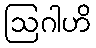
ဩဂါဟိ